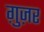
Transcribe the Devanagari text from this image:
ग़ुज़र